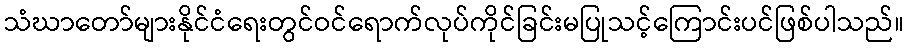
သံဃာတော်များနိုင်ငံရေးတွင်ဝင်ရောက်လုပ်ကိုင်ခြင်းမပြုသင့်ကြောင်းပင်ဖြစ်ပါသည်။